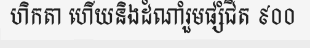
ហិកតា ហើយនិងដំណាំរួមផ្សំជិត ៩០០